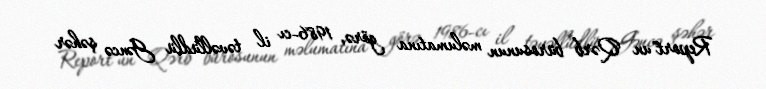
Report"un Qərb bürosunun məlumatına görə, 1986-cı il təvəllüdlü Gəncə şəhər